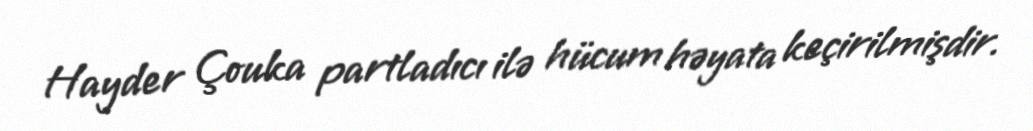
Hayder Çouka partladıcı ilə hücum həyata keçirilmişdir.